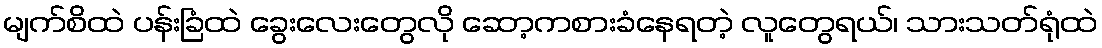
မျက်စိထဲ ပန်းခြံထဲ ခွေးလေးတွေလို ဆော့ကစားခံနေရတဲ့ လူတွေရယ်၊ သားသတ်ရုံထဲ